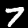
Digit: 7